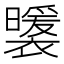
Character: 𧞈